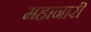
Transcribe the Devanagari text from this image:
महानारी